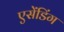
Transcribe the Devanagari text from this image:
एसेंडिंग